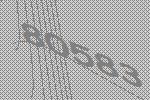
80583